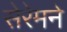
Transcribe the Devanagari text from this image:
सेरेमने